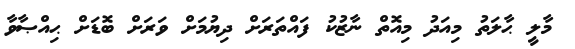
މާލީ ޙާލަތު މިއަދު މިއޮތް ނާޒުކު ފައްތަރަށް ދިޔުމަށް ވަރަށް ބޮޑަށް ޙިއްޞާވާ